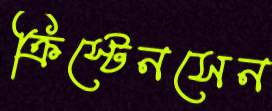
ক্রিস্টেনসেন